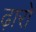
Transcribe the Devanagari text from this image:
ढ़ारो